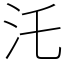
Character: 汑